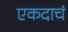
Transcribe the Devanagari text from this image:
एकदाचं